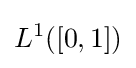
L^{1}([0,1])